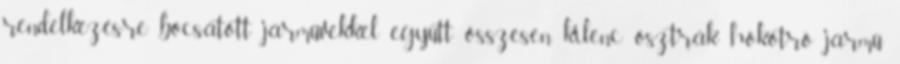
rendelkezésre bocsátott járművekkel együtt összesen kilenc osztrák hókotró jármű